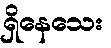
ရှိနေသေး